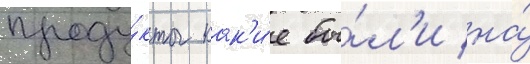
проду́кты как'и́е бы́л'и на́